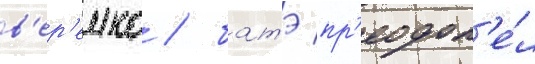
в'ер'емко / батэ пр'еодол'е́л